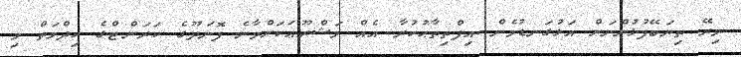
މިރޭ ތިޔަބޭފުޅުންނަށް އަޅުގަނޑުމެން އިފްތިތާޙުކުރާ އެއް މަޝްރޫޢަކަށްވާނެ ފޮނަދޫގެ ކަރަންޓްގެ ޚިދްމަތް މި